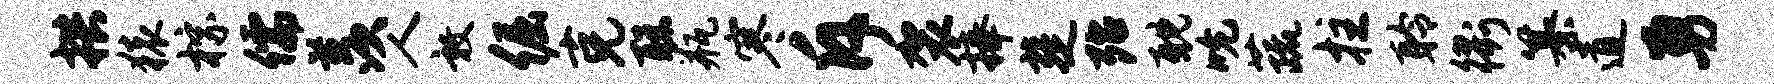
拱猿棕儒羡人敦倔克聪瓶寒斥袈捧楚殆耽吮蔬拄聆衢纂道勇